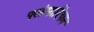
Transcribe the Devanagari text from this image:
फ्लंमारियन